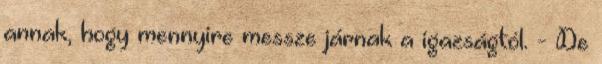
annak, hogy mennyire messze járnak a igazságtól. - De